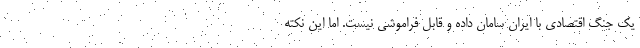
يك جنگ اقتصادي با ايران سامان داده و قابل فراموشي نيست. اما اين نكته